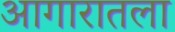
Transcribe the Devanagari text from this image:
आगारातला